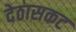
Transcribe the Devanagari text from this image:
देठासकट